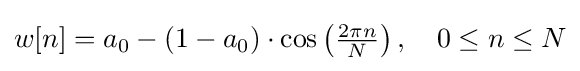
w[n]=a_{0}-(1-a_{0})\cdot \cos \left({\tfrac {2\pi n}{N}}\right),\quad 0\leq n\leq N